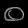
Digit: ၀